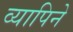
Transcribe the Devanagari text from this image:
व्यापिने